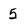
Character: 5